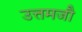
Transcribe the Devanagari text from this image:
उत्तमजौ